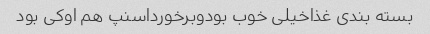
بسته بندی غذاخیلی خوب بودوبرخورداسنپ هم اوکی بود